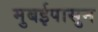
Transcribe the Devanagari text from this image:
मुबईपासुन